Report on the Nagpur School of Medicine, Central Provinces
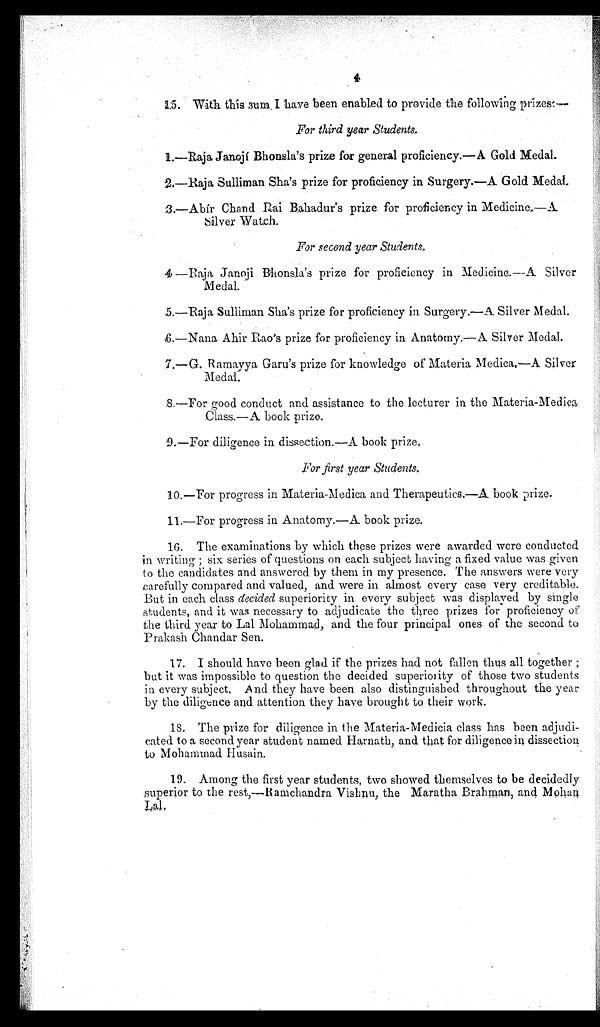
•
4
15. Wi t h t hi s s um. I have been enabl ed t o pr ovi de t he f ol l owi ng pr i zes : —
For third year Students.
1.—Raja Janojí Bhonsla's prize for general proficiency.—A Gold Medal.
2.—Raja Sulliman Sha's prize for proficiency in Surgery.—A Gold Medal
3.-Abir Chand Rai Bahadur's prize for proficiency in Medicine..—A.
Silver Watch.
For second year Students.
4 —Raja Janoji Bhonsla's prize for proficiency in Medicine.—A Silver
Medal.
5.—Raja Sulliman Sha's prize for proficiency in Surgery.— A Silver Medal.
6.—Nana Ahir Rao's prize for proficiency in Anatomy.—A Silver Medal.
7.—G. Ramayya Garu's prize for knowledge of Materia Medica.—A Silver
Medal.
8,—For good conduct and assistance to the lecturer in the Materia-Medie
a Class.—A book prize.
9.—For diligence in dissection.—A book prize.
For first year Students.
10.—For progress in Materia-Medica and Therapeutics.—A book prize.
11.—For progress in Anatomy.—A book prize.
16. The examinations by which these prizes were awarded were conducted
in writing; six series of questions on each subject having a fixed value was given
to the candidates and answered by them in my presence. The answers were very
carefully compared and valued, and were in almost every case very creditable.
But in each class decided superiority in every subject was displayed by single
students, and it was necessary to adjudicate the three prizes for proficiency of
the third year to Lal Mohammad, and the four principal ones of the second to
Prakash Ciandar Sen.
17. I should have been glad if the prizes had not fallen thus all together;
but it was impossible to question the decided superiority of those two students
in every subject. And they have been also distinguished throughout the year
by the diligence and attention they have brought to their work.
18. The prize for diligence in the Materia-Medicia class has been adjudi-
cated to a second year student named Harnath, and that for diligence in dissection
to Mohammad Husain.
19. Among the first year students, two showed themselves to bed e c i d e d l y
superior to the rest,—Ramchandra Vishnu, the Maratha Brahman, and Mohan.
Lal.